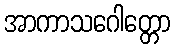
အာကာသဂေါတ္တော